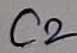
Text: C2